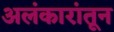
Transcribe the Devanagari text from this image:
अलंकारांतून